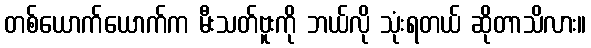
တစ်ယောက်ယောက်က မီးသတ်ဗူးကို ဘယ်လို သုံးရတယ် ဆိုတာသိလား။